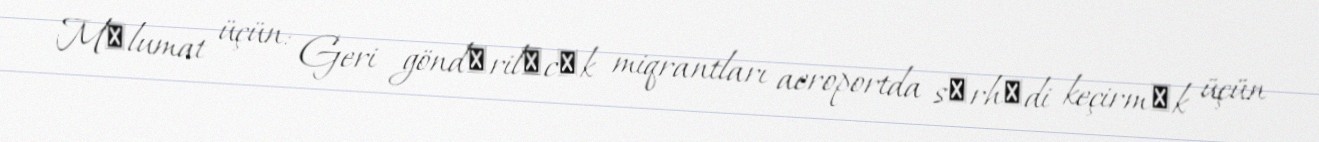
Mәlumat üçün: Geri göndәrilәcәk miqrantları aeroportda sәrhәdi keçirmәk üçün